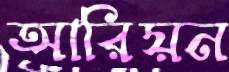
আরিয়ন